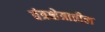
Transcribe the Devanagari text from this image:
तंत्रक्षेत्रातील